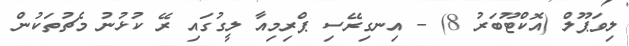
ލިވަޕޫލް (އޮކްޓޫބަރު 8) - އިނގިރޭސި ޕްރިމިއާ ލީގުގައި ރޭ ކުޅުނު މެޗުތަކުން